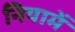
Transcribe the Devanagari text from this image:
नियामें